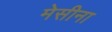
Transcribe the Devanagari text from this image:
मेसीना